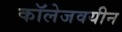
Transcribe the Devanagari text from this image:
कॉलेजवयीन